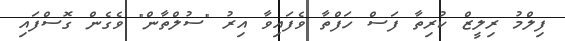
ފިލްމު ރިލީޒް ކުރިތާ ފަސް ހަފްތާ ވެފައިވާ އިރު "ސުލްތާން" ވެގެން ގޮސްފައި